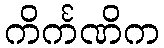
ကိင်္ကဏိက